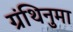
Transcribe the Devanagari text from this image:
ग्रंथिनुमा